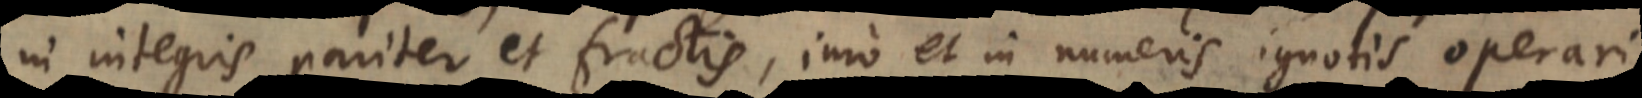
in integris pariter et fractis, imo et in numeris ignotis operari